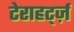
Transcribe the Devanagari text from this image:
टेराहर्ट्ज़